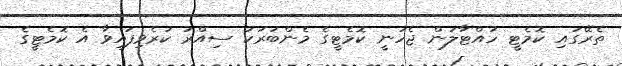
ތެރޭގައި ކޮމެޓީ ހުއްޓާލަން ޖެހުނީ ކޮމެޓީގެ މެންބަރަކު ސިއްރު ކުރެވިފައިވާ އެ ކޮމެޓީގެ